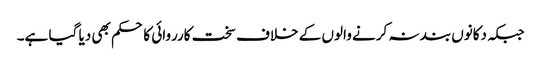
جبکہ دکانوں بند نہ کرنے والوں کے خلاف سخت کارروائی کا حکم بھی دیا گیا ہے۔